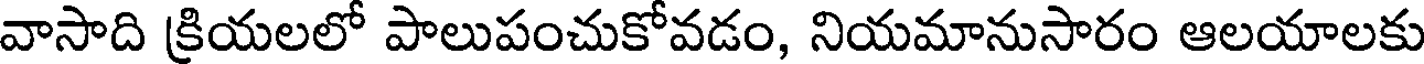
వాసాది క్రియలలో పాలుపంచుకోవడం, నియమానుసారం ఆలయాలకు